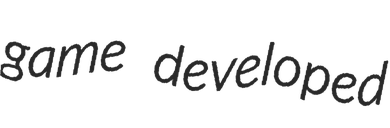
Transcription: game developed